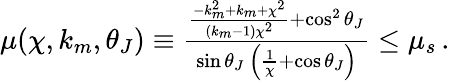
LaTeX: \begin{array}{r}{\mu(\chi,k_{m},\theta_{J})\equiv\frac{\frac{-k_{m}^{2}+k_{m}+\chi^{2}}{(k_{m}-1)\chi^{2}}+\cos^{2}\theta_{J}}{\sin\theta_{J}\, \left(\frac{1}{\chi}+\cos\theta_{J}\right)}\leq\mu_{s}\, .}\end{array}